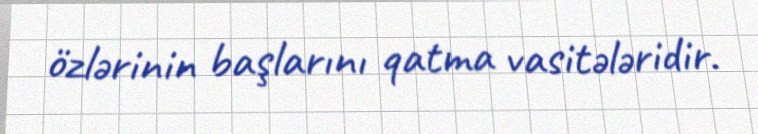
özlərinin başlarını qatma vasitələridir.